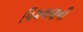
પિગળણની